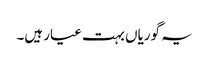
یہ گوریاں بہت عیار ہیں۔